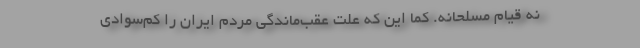
نه قیام مسلحانه. کما این که علت عقب‌ماندگی مردم ایران را کم‌سوادی